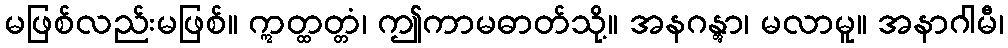
မဖြစ်လည်းမဖြစ်။ ဣတ္ထတ္တံ၊ ဤကာမဓာတ်သို့။ အနဂန္တွာ၊ မလာမူ။ အနာဂါမီ၊